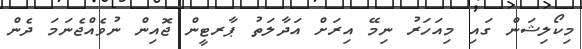
މިކޯލިޝަން ގައި މިއަހަރު ނިމޭ އިރަށް އަދާލަތު ޕާރޓީން ޖޮއިން ނުވެއްޖެނަމަ ދެން